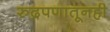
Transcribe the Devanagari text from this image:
रुद्रपणातूनही